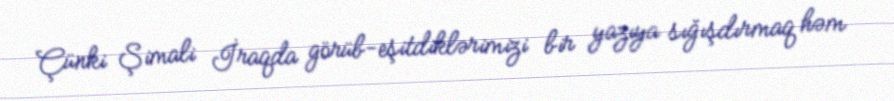
Çünki Şimali İraqda görüb-eşitdiklərimizi bir yazıya sığışdırmaq həm